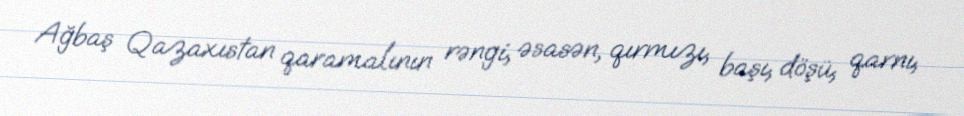
Ağbaş Qazaxıstan qaramalının rəngi, əsasən, qırmızı, başı, döşü, qarnı,